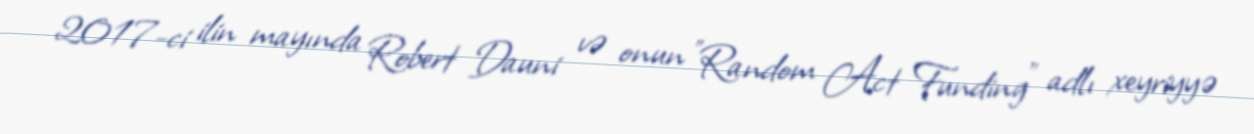
2017-ci ilin mayında Robert Dauni və onun "Random Act Funding" adlı xeyriyyə